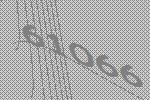
61066